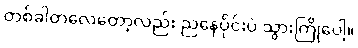
တစ်ခါတလေတော့လည်း ညနေပိုင်းပဲ သွားကြိုပေါ့။